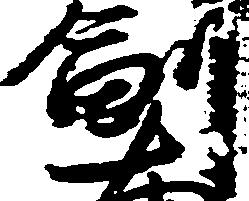
副